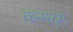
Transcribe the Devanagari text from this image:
कन्मदम